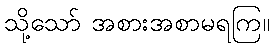
သို့သော် အစားအစာမရကြ။